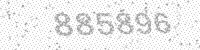
Solution: 885896